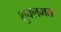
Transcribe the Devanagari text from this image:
शुक्लमत